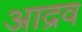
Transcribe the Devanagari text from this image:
आद्रव